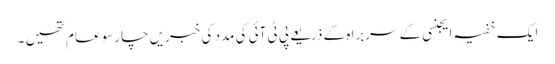
ایک خفیہ ایجنسی کے سربراہ کے ذریعے پی ٹی آئی کی مدد کی خبریں چارسو عام تھیں ۔